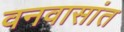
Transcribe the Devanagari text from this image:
वनवासांत